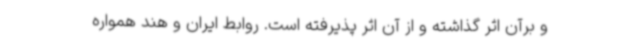
و برآن اثر گذاشته و از آن اثر پذیرفته است. روابط ایران و هند همواره